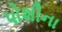
પોશીના